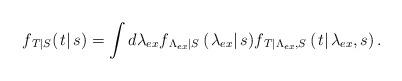
LaTeX: \begin{align*}{f_{\left. T \right|S}}(\left. t \right|s) = \int {d{\lambda _{ex}}{f_{\left. {{\Lambda _{ex}}} \right|S}}\left( {\left. {{\lambda _{ex}}} \right|s} \right)} {f_{\left. T \right|{\Lambda _{ex}},S}}\left( {\left. t \right|{\lambda _{ex}},s} \right).\end{align*}